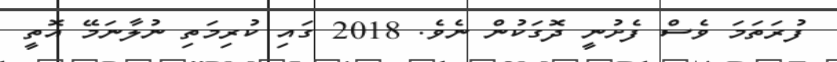
ފުރަތަމަ ވެސް ފެށުނީ ދޮގަކުން ނެވެ. 2018 ގައި ކުރިމަތި ނުލާނަމޭ އޮތީ